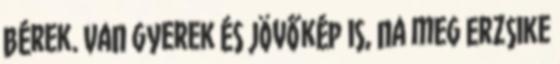
bérek. Van gyerek és jövőkép is, na meg Erzsike